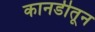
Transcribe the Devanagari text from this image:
कानडीतून